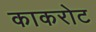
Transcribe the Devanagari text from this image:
काकरोट